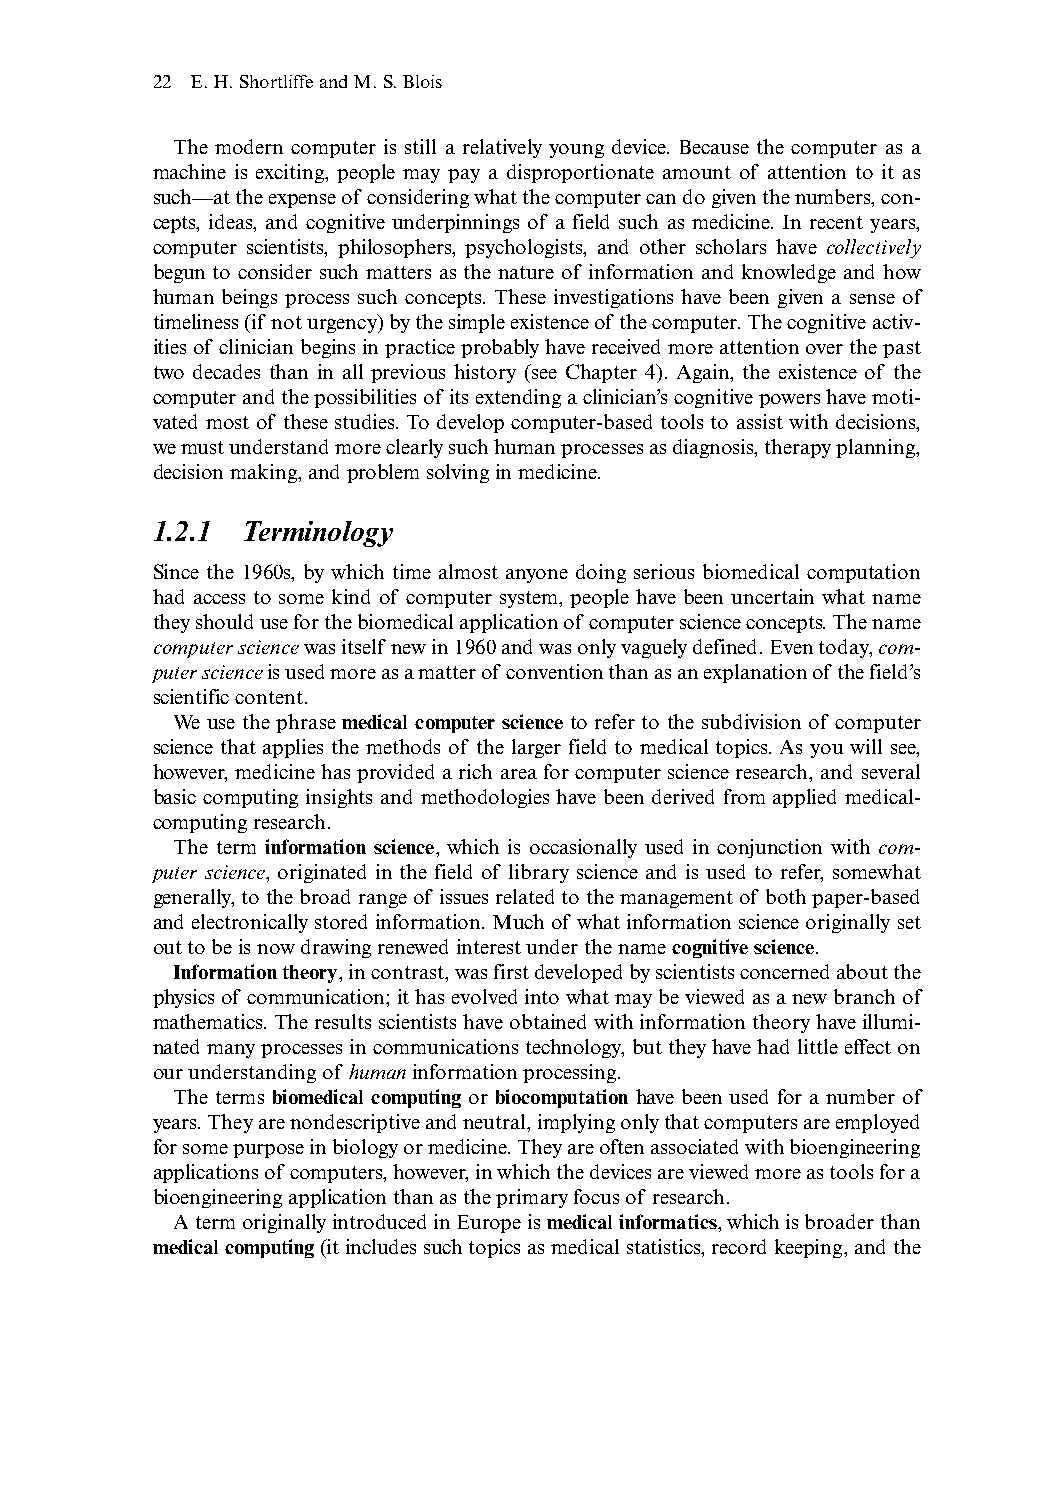
22 E.H.Shortliffe and M.S.Blois
 The modern computer is still a relatively young device. Because the computer as a
 machine is exciting, people may pay a disproportionate amount of attention to it as
 such—at the expense of considering what the computer can do given the numbers,con-
 cepts, ideas, and cognitive underpinnings of a field such as medicine. In recent years,
 computer scientists, philosophers, psychologists, and other scholars have collectively
 begun to consider such matters as the nature of information and knowledge and how
 human beings process such concepts. These investigations have been given a sense of
 timeliness (if not urgency) by the simple existence of the computer.The cognitive activ-
 ities of clinician begins in practice probably have received more attention over the past
 two decades than in all previous history (see Chapter 4). Again, the existence of the
 computer and the possibilities of its extending a clinician’s cognitive powers have moti-
 vated most of these studies. To develop computer-based tools to assist with decisions,
 we must understand more clearly such human processes as diagnosis,therapy planning,
 decision making,and problem solving in medicine.
 1.2.1 Terminology
 Since the 1960s, by which time almost anyone doing serious biomedical computation
 had access to some kind of computer system, people have been uncertain what name
 they should use for the biomedical application of computer science concepts.The name
 computer sciencewas itself new in 1960 and was only vaguely defined.Even today,com-
 puter scienceis used more as a matter of convention than as an explanation of the field’s
 scientific content.
 We use the phrase medical computer science to refer to the subdivision of computer
 science that applies the methods of the larger field to medical topics. As you will see,
 however, medicine has provided a rich area for computer science research, and several
 basic computing insights and methodologies have been derived from applied medical-
 computing research.
 The term information science, which is occasionally used in conjunction with com-
 puter science, originated in the field of library science and is used to refer, somewhat
 generally,to the broad range of issues related to the management of both paper-based
 and electronically stored information.Much of what information science originally set
 out to be is now drawing renewed interest under the name cognitive science.
 Information theory,in contrast,was first developed by scientists concerned about the
 physics of communication;it has evolved into what may be viewed as a new branch of
 mathematics. The results scientists have obtained with information theory have illumi-
 nated many processes in communications technology,but they have had little effect on
 our understanding of humaninformation processing.
 The terms biomedical computing or biocomputation have been used for a number of
 years.They are nondescriptive and neutral,implying only that computers are employed
 for some purpose in biology or medicine.They are often associated with bioengineering
 applications of computers,however,in which the devices are viewed more as tools for a
 bioengineering application than as the primary focus of research.
 A term originally introduced in Europe is medical informatics,which is broader than
 medical computing(it includes such topics as medical statistics,record keeping,and the